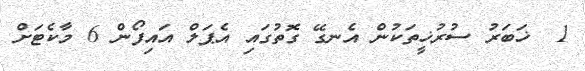
1  ޚަބަރު ސުރުޚީތަކުން އެނގޭ ގޮތުގައި އެޕަލް އައިފޯން 6 މާކެޓަށް